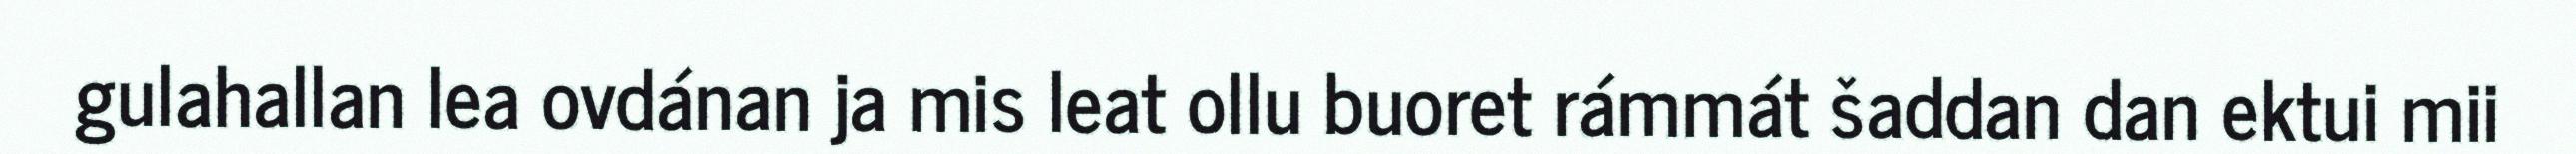
gulahallan lea ovdánan ja mis leat ollu buoret rámmát šaddan dan ektui mii